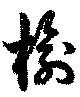
楡